Civil Veterinary Dept. Bombay admin report 1914-1922 - 1914-1922
Year: 1914
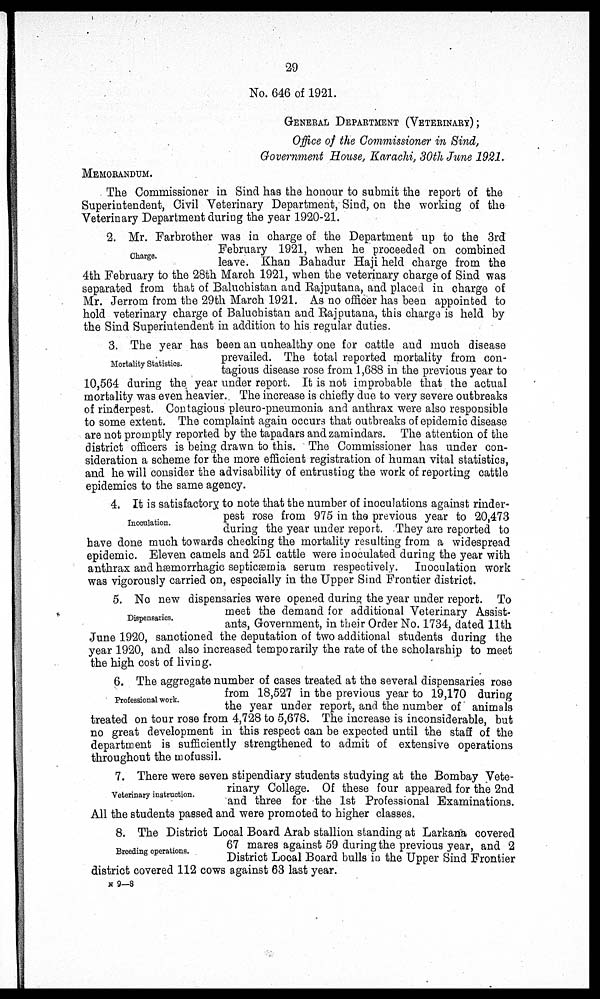
29
No. 646 of 1921.
GENERAL DEPARTMENT (VETERINARY);
Office of the Commissioner in Sind,
Government House, Karachi, 30th June 1921.
MEMORANDUM.
The Commissioner in Sind has the honour to submit the report of the
Superintendent, Civil Veterinary Department, Sind, on the working of the
Veterinary Department during the year 1920-21.
Charge.
2. Mr. Farbrother was in charge of the Department up to the 3rd
February 1921, when he proceeded on combined
leave. Khan Bahadur Haji held charge from the
4th February to the 28th March 1921, when the veterinary charge of Sind was
separated from that of Baluchistan and Rajputana, and placed in charge of
Mr. Jerrom from the 29th March 1921. As no officer has been appointed to
hold veterinary charge of Baluchistan and Rajputana, this charge is held by
the Sind Superintendent in addition to his regular duties.
Mortality Statistics.
3. The year has been an unhealthy one for cattle and much disease
prevailed. The total reported mortality from con-
tagious disease rose from 1,688 in the previous year to
10,564 during the year under report. It is not improbable that the actual
mortality was even heavier. The increase is chiefly due to very severe outbreaks
of rinderpest. Contagious pleuro-pneumonia and anthrax were also responsible
to some extent. The complaint again occurs that outbreaks of epidemic disease
are not promptly reported by the tapadars and zamindars. The attention of the
district officers is being drawn to this. The Commissioner has under con-
sideration a scheme for the more efficient registration of human vital statistics,
and he will consider the advisability of entrusting the work of reporting cattle
epidemics to the same agency.
Inoculation.
4. It is satisfactory to note that the number of inoculations against rinder-
pest rose from 975 in the previous year to 20,473
during the year under report. They are reported to
have done much towards checking the mortality resulting from a widespread
epidemic. Eleven camels and 251 cattle were inoculated during the year with
anthrax and hæmorrhagic septicæmia serum respectively. Inoculation work
was vigorously carried on, especially in the Upper Sind Frontier district.
Dispensaries.
5. No new dispensaries were opened during the year under report. To
meet the demand for additional Veterinary Assist-
ants, Government, in their Order No. 1734, dated 11th
June 1920, sanctioned the deputation of two additional students during the
year 1920, and also increased temporarily the rate of the scholarship to meet
the high cost of living.
Professional work.
6. The aggregate number of cases treated at the several dispensaries rose
from 18,527 in the previous year to 19,170 during
the year under report, and the number of animals
treated on tour rose from 4,728 to 5,678. The increase is inconsiderable, but
no great development in this respect can be expected until the staff of the
department is sufficiently strengthened to admit of extensive operations
throughout the mofussil.
Veterinary instruction.
7. There were seven stipendiary students studying at the Bombay Vete-
rinary College. Of these four appeared for the 2nd
and three for the 1st Professional Examinations.
All the students passed and were promoted to higher classes.
Breeding operations.
8. The District Local Board Arab stallion standing at Larkana covered
67 mares against 59 during the previous year, and 2
District Local Board bulls in the Upper Sind Frontier
district covered 112 cows against 63 last year.
N 9—8